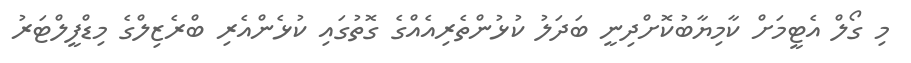
މި ގޯލް އެޓީމަށް ކާމިޔާބުކޮށްދިނީ ބަދަލު ކުޅުންތެރިއެއްގެ ގޮތުގައި ކުޅެންއެރި ބްރެޒިލްގެ މިޑްފީލްޓަރު